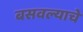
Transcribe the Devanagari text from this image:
बसवल्याचे